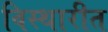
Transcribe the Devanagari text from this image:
विस्थारीत